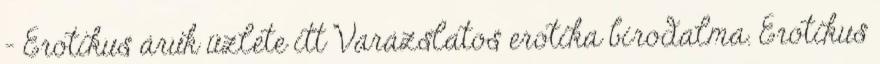
– Erotikus áruk üzlete itt Varázslatos erotika birodalma. Erotikus